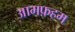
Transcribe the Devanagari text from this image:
आमफ़हम